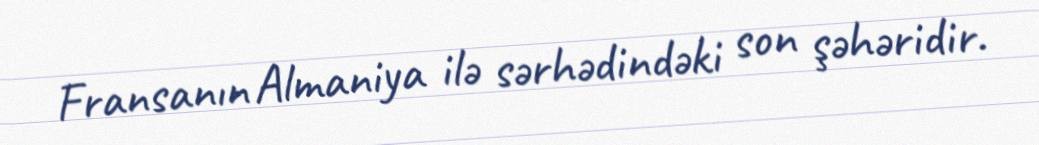
Fransanın Almaniya ilə sərhədindəki son şəhəridir.